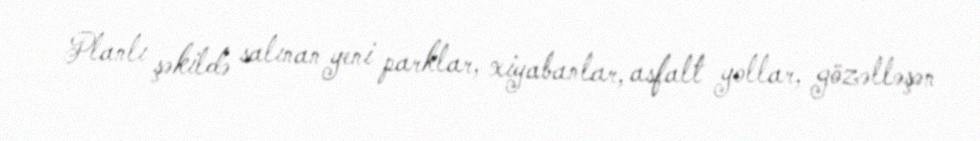
Planlı şəkildə salınan yeni parklar, xiyabanlar, asfalt yollar, gözəlləşən